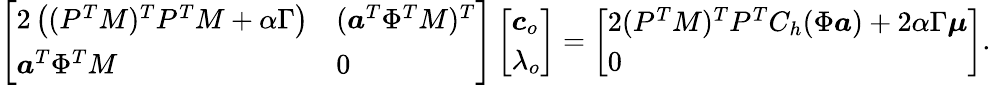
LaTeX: \left[\begin{array}{ll}{2\left((P^{T}M)^{T}P^{T}M+\alpha\Gamma\right)}&{(\boldsymbol{a}^{T}\Phi^{T}M)^{T}}\\ {\boldsymbol{a}^{T}\Phi^{T}M}&{0}\end{array}\right]\left[\begin{array}{l}{\boldsymbol{c}_{o}}\\ {\lambda_{o}}\end{array}\right]=\left[\begin{array}{l}{2(P^{T}M)^{T}P^{T}C_{h}(\Phi\boldsymbol{a})+2\alpha\Gamma\boldsymbol{\mu}}\\ {0}\end{array}\right].